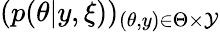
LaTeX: (p(\theta|y,\xi))_{(\theta,y)\in\Theta\times\mathcal{Y}}